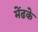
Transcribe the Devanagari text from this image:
मेंढके